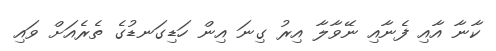
ކާނާ އާއި ފެނާއި ނޭވާލާ އިރު ގިނަ އިން ހަޑިގަނޑުގެ ތެރެއަށް ވައި